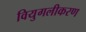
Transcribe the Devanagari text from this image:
वियुगलीकरण